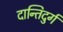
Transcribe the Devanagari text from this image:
दान्तिदुर्ग